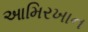
આમિરખાન